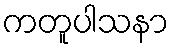
ကတူပါသနာ